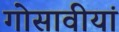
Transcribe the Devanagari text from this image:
गोसावीयां